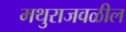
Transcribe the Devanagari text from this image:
मथुराजवळील